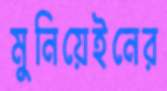
মুনিয়েইনের